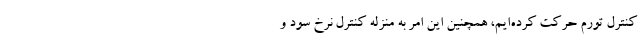
کنترل تورم حرکت کرده‌ایم، همچنین این امر به منزله کنترل نرخ سود و